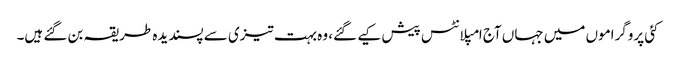
کئی پروگراموں میں جہاں آج امپلانٹس پیش کیے گئے، وہ بہت تیزی سے پسندیدہ طریقہ بن گئے ہیں۔